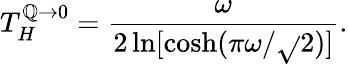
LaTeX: T_{H}^{\mathbb{Q}\to0}={\frac{{\omega}}{{2\ln[\cosh(\pi\omega/\sqrt{}{2})]}}}.